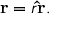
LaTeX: \mathbf { r } = r \mathbf { \hat { r } } .